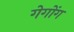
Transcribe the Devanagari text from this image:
गेगोंग